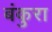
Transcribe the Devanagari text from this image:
बंकुरा